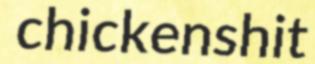
chickenshit